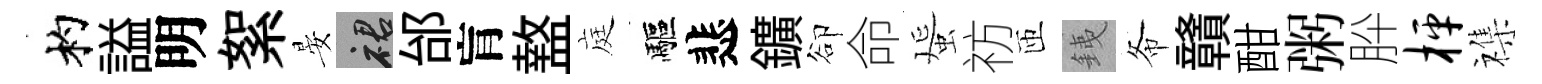
杓謚明絮晏裙邰肓盩庭驅悲鑛卻命蜑祊匝銕𢁙贛酣粥肸枰襍